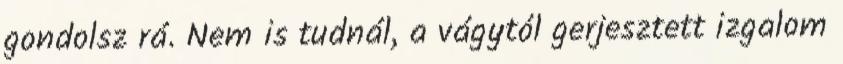
gondolsz rá. Nem is tudnál, a vágytól gerjesztett izgalom